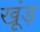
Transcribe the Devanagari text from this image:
खूंड़